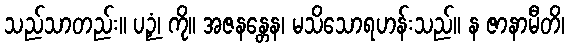
သည်သာတည်း။ ပဉှံ၊ ကို။ အဇနန္တေန၊ မသိသောရဟန်းသည်။ န ဇာနာမီတိ၊